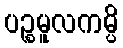
ပဉ္စမူလကမ္ပိ